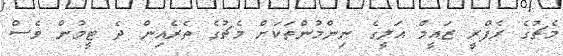
މެޗުގެ ރެފްރީ ޒައީމް އަލީގެ ނިންމުންތަކަށް މެޗުގެ ތެރެއިން ދެ ޓީމުން ވެސް